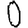
Digit: 0